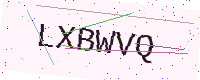
Text: LXBWVQ